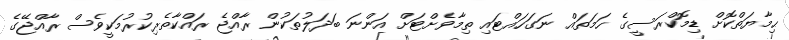
ޙިމާޔަތްކޮށް ޑިމޮކްރަސީގެ ހަމަތައް ނަގަހައްޓައި ތިމާވެށްޓަށް އަންނަ ބަދަލުތަކުން ރާއްޖެ ރައްކާތެރިކުރުމަކީވެސް ރާއްޖޭގެ